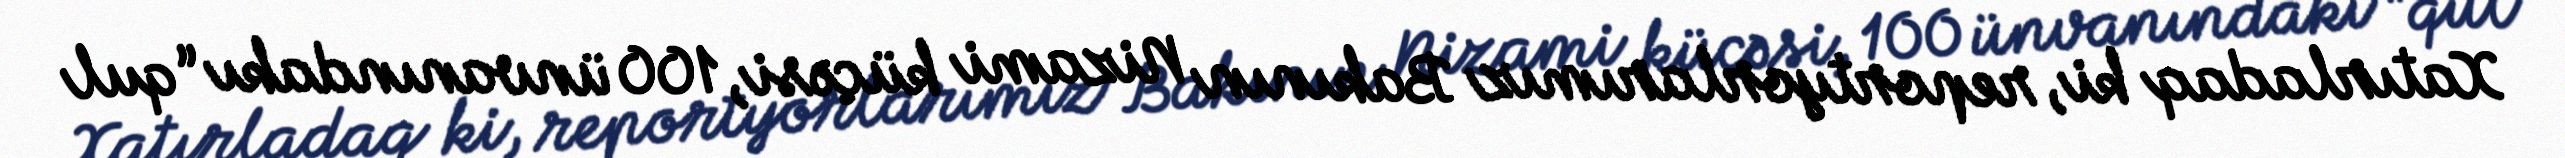
Xatırladaq ki, reportyorlarımız Bakının Nizami küçəsi, 100 ünvanındakı “qul